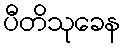
ပီတိသုခေန